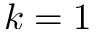
k = 1